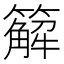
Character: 䉏